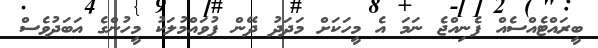
ބީރައްޓެއްސެއް ފެނިއްޖެ ނަމަ އެ މީހަކަށް މަދަދު ދޭން ފުވައްމުލަކު މީހުންގެ އަބަދުވެސް